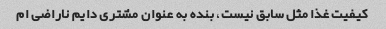
کیفیت غذا مثل سابق نیست، بنده به عنوان مشتری دایم ناراضی ام